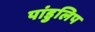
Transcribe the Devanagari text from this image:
पांडुलिप